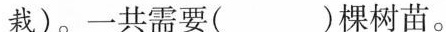
栽)。一共需要( )棵树苗。